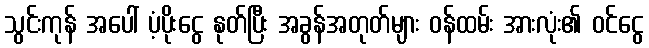
သွင်းကုန် အပေါ် ပံ့ပိုးငွေ နုတ်ပြီး အခွန်အတုတ်များ ဝန်ထမ်း အားလုံး၏ ဝင်ငွေ